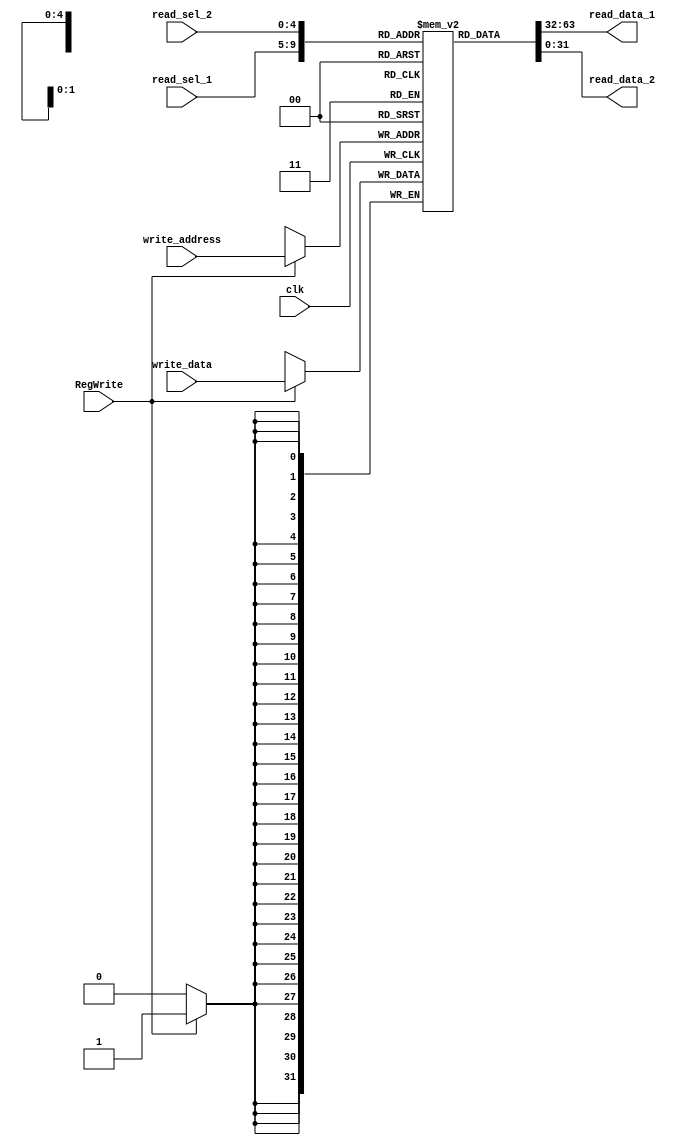
module nbit_register_file(write_data, 
                          read_data_1, read_data_2, 
                          read_sel_1, read_sel_2, 
                          write_address, RegWrite, clk);
                          
    parameter data_width = 32;
    parameter select_width = 5; 
                          
    input                                       clk, RegWrite;
    input           [data_width-1:0]            write_data;
    input           [4:0]                       read_sel_1, read_sel_2, write_address;
    output		     [data_width-1:0]            read_data_1, read_data_2;
    
    reg             [data_width-1:0]            register_file [0:data_width-1];
    
    // for loop initializes all registers to 0, no need to rst
    integer i;
    initial begin
        for (i = 0; i < 32; i = i + 1) begin 
            register_file[i] = 0*i;
        end     
    end
    

	 assign		read_data_1 = register_file[read_sel_1];
	 assign		read_data_2 = register_file[read_sel_2];

    
    always @ (posedge clk) begin
        if (RegWrite) 
            register_file[write_address] <= write_data;
    end
endmodule